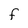
Character: F